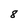
Character: 8